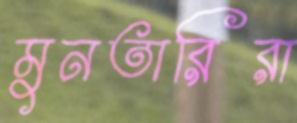
মুনতারিরা